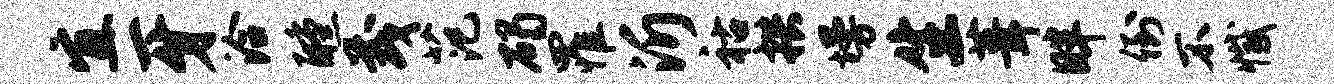
宜牙洽醺茂范碣罹沂祜拱墁生葺畔倒不撼